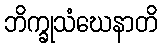
ဘိက္ခုသံဃေနာတိ